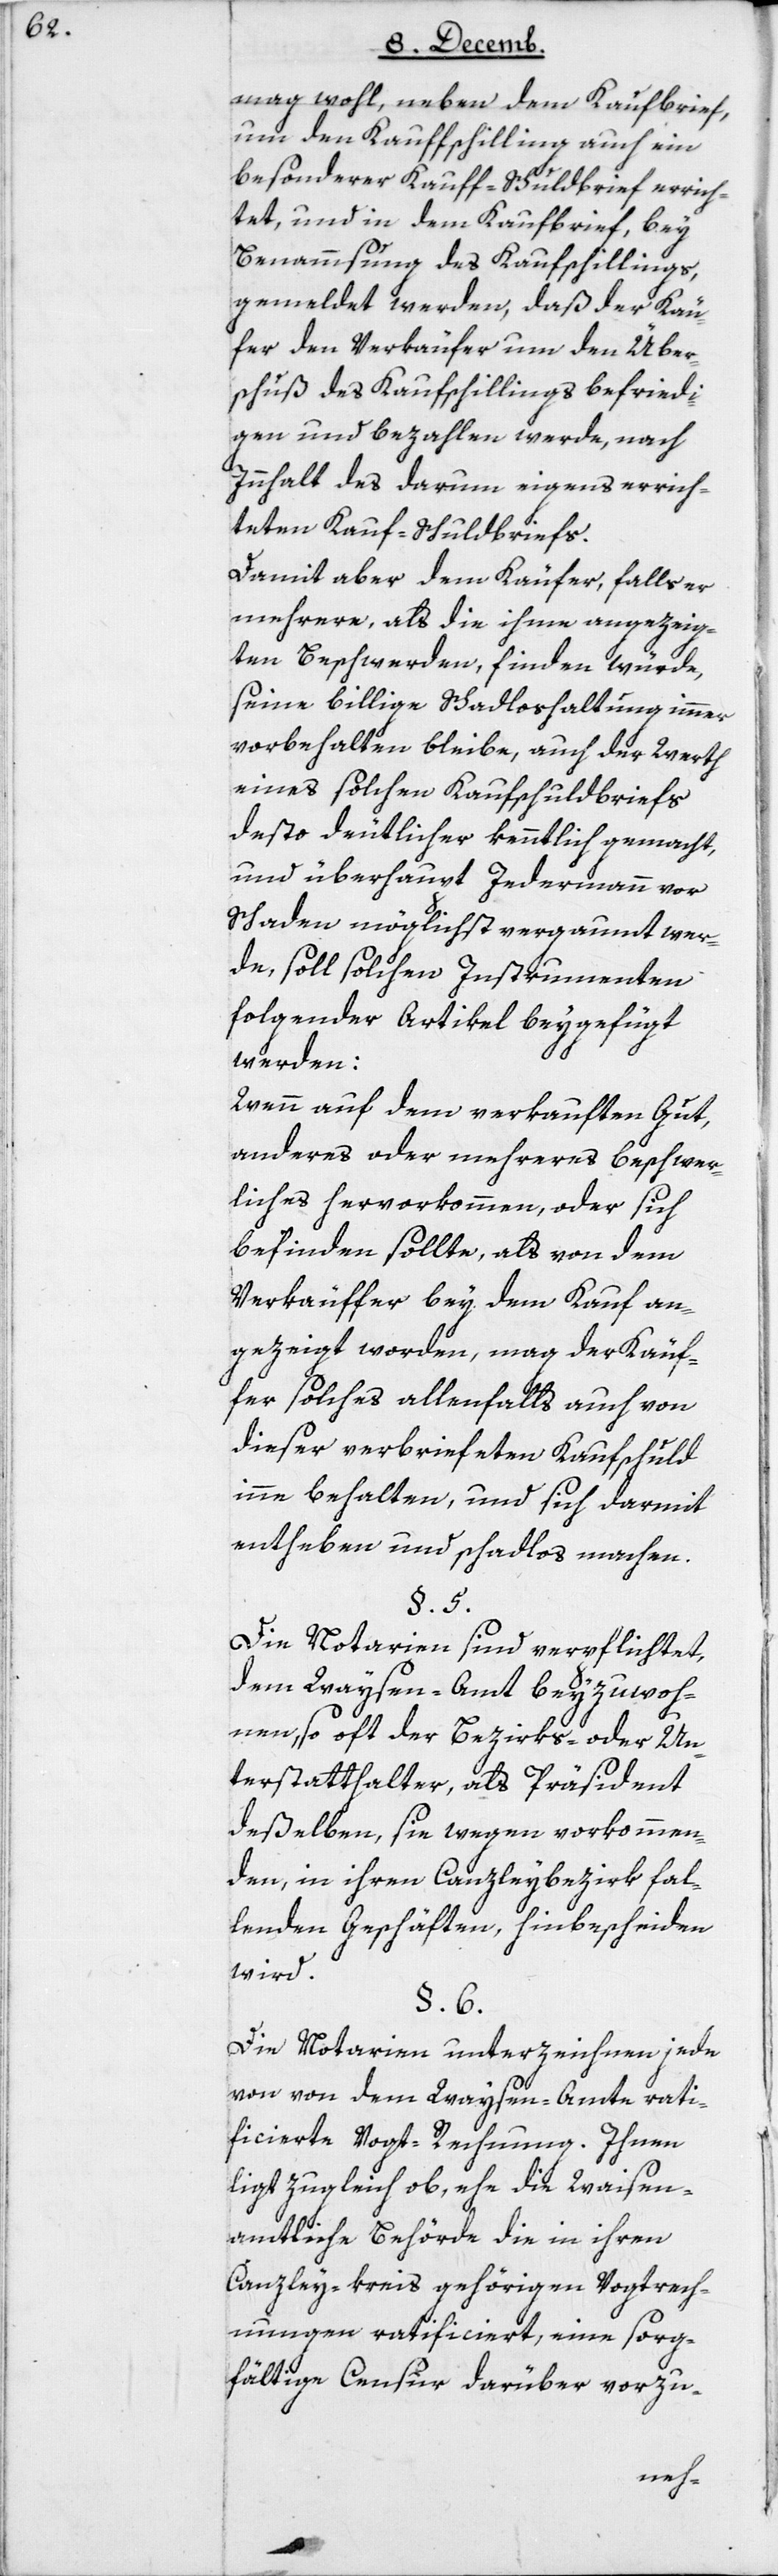
mag wohl, neben dem Kaufbrief,
um den Kauffschilling auch ein
besonderer Kauff-Schuldbrief errich¬
tet, und in dem Kaufbrief, bey
Benamsung des Kaufschillings,
gemeldet werden, daß der Käu¬
fer den Verkäufer um den Über¬
schuß des Kaufschillings befriedi¬
gen und bezahlen werde, nach
Innhalt des darum eigens errich¬
teten Kauf-Schuldbriefs.
Damit aber dem Käufer, falls er
mehrere, als die ihme angezeig¬
ten Beschwerden, finden würde
seine billige Schuldloshaltung immer
vorbehalten bleibe, auch der Werth
eines solchen Kaufschuldbriefs
desto deutlicher kenntlich gemacht,
und überhaupt Jedermann vor
Schaden möglichst vergaumt wer¬
de, soll solchen Instrumenten
folgender Artikel beygefügt
werden:
Wenn auf dem verkauften Gut,
anderes oder mehreres beschwer¬
liches hervorkommen, oder sich
befinden solle, als von dem
Verkäuffer bey dem Kauf an¬
gezeigt worden, mag der Käuf¬
fer solches allensfalls auch von
dieser verbriefeten Kaufschuld
inne behalten, und sich darmit
entheben und schadlos machen.
§ 5.
Die Notarien sind verpflichtet,
dem Waysen-Amt beyzuwoh¬
nen, so oft der Bezirks- oder Un¬
terstatthalter, als Präsident
deßelben, sie wegen vorkommen¬
den, in ihren Canzleybezirk fal¬
lenden Geschäften, hinbeschieden
wird.
§ 6.
Die Notarien unterzeichnen jed¬
e von dem Waysen-Amte rati¬
ficirte Vogt-Rechnung. Ihnen
ligt zugleich ob, ehe die Waisen¬
amtliche Behörde die in ihren
Canzley-kreis gehörigen Vogtrech¬
nungen ratificirt, eine sorg¬
fältige Censur darüber vorzu-